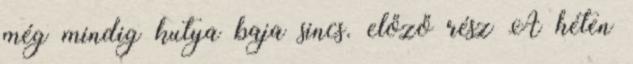
még mindig kutya baja sincs. előző rész A héten